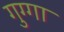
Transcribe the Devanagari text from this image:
गुग्गा